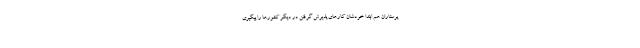
پرستاران هم ابتدا خودشان کار‌های پذیرش گرفتن در دیگر کشور‌ها را پیگیری